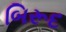
બિરૂદ